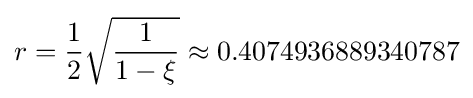
r={\frac {1}{2}}{\sqrt {\frac {1}{1-\xi }}}\approx 0.4074936889340787